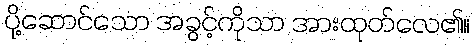
ပို့ဆောင်သော အခွင့်ကိုသာ အားထုတ်လေ၏။